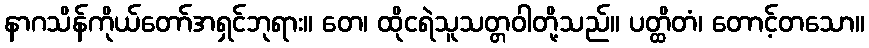
နာဂသိန်ကိုယ်တော်အရှင်ဘုရား။ တေ၊ ထိုငရဲသူသတ္တဝါတို့သည်။ ပတ္ထိတံ၊ တောင့်တသော။